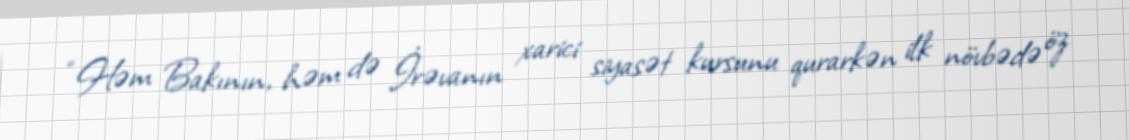
“Həm Bakının, həm də İrəvanın xarici siyasət kursunu qurarkən ilk növbədə öz